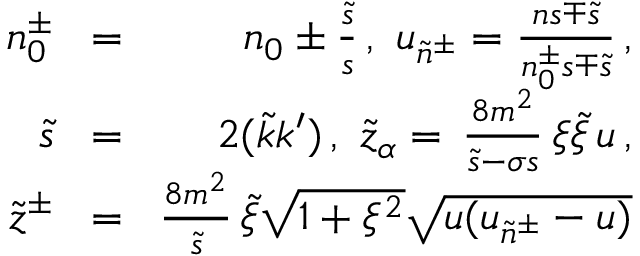
\begin{array} { r l r } { n _ { 0 } ^ { \pm } \! } & { = } & { \! n _ { 0 } \pm \frac { \tilde { s } } { s } \, , \ u _ { \tilde { n } ^ { \pm } } = \frac { n s \mp \tilde { s } } { n _ { 0 } ^ { \pm } s \mp \tilde { s } } \, , } \\ { \tilde { s } \! } & { = } & { \! 2 ( \tilde { k } k ^ { \prime } ) \, , \ \tilde { z } _ { \alpha } = \, \frac { 8 m ^ { 2 } } { \tilde { s } - \sigma s } \, \xi \tilde { \xi } \, u \, , } \\ { \tilde { z } ^ { \pm } \! } & { = } & { \! \frac { 8 m ^ { 2 } } { \tilde { s } } \, \tilde { \xi } \sqrt { 1 + \xi ^ { 2 } } \sqrt { u ( u _ { \tilde { n } ^ { \pm } } - u ) } } \end{array}